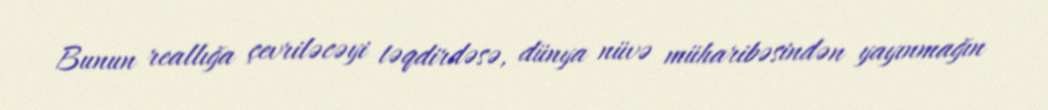
Bunun reallığa çevriləcəyi təqdirdəsə, dünya nüvə müharibəsindən yayınmağın